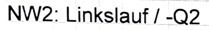
Text: NW2: Linkslauf / -Q2